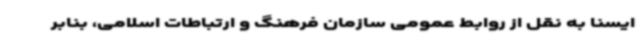
ایسنا به نقل از روابط عمومی سازمان فرهنگ و ارتباطات اسلامی، بنابر